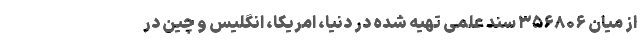
از میان ۳۵۶۸۰۶ سند علمی تهیه شده در دنیا، امریکا، انگلیس و چین در